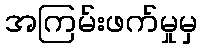
အကြမ်းဖက်မှုမှ